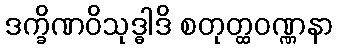
ဒက္ခိဏဝိသုဒ္ဓါဒိ စတုတ္ထဝဏ္ဏနာ